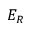
E _ { R }